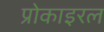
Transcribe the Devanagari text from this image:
प्रोकाइरल